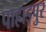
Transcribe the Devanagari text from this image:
पाहाड़पुर